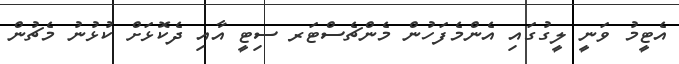
އެޓީމު ވަނީ ލީގުގައި އެންމެފަހުން މެންޗެސްޓަރ ސިޓީ އާއި ދެކޮޅަށް ކުޅުނު މެޗުން